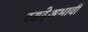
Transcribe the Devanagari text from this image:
रसदेअभावी